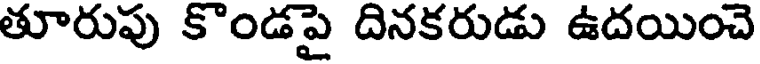
తూరుపు కొండపై దినకరుడు ఉదయించె